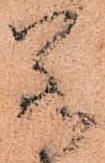
若